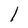
Character: l